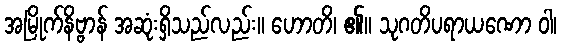
အမြိုက်နိဗ္ဗာန် အဆုံးရှိသည်လည်း။ ဟောတိ၊ ၏။ သုဂတိပရာယဏော ဝါ၊